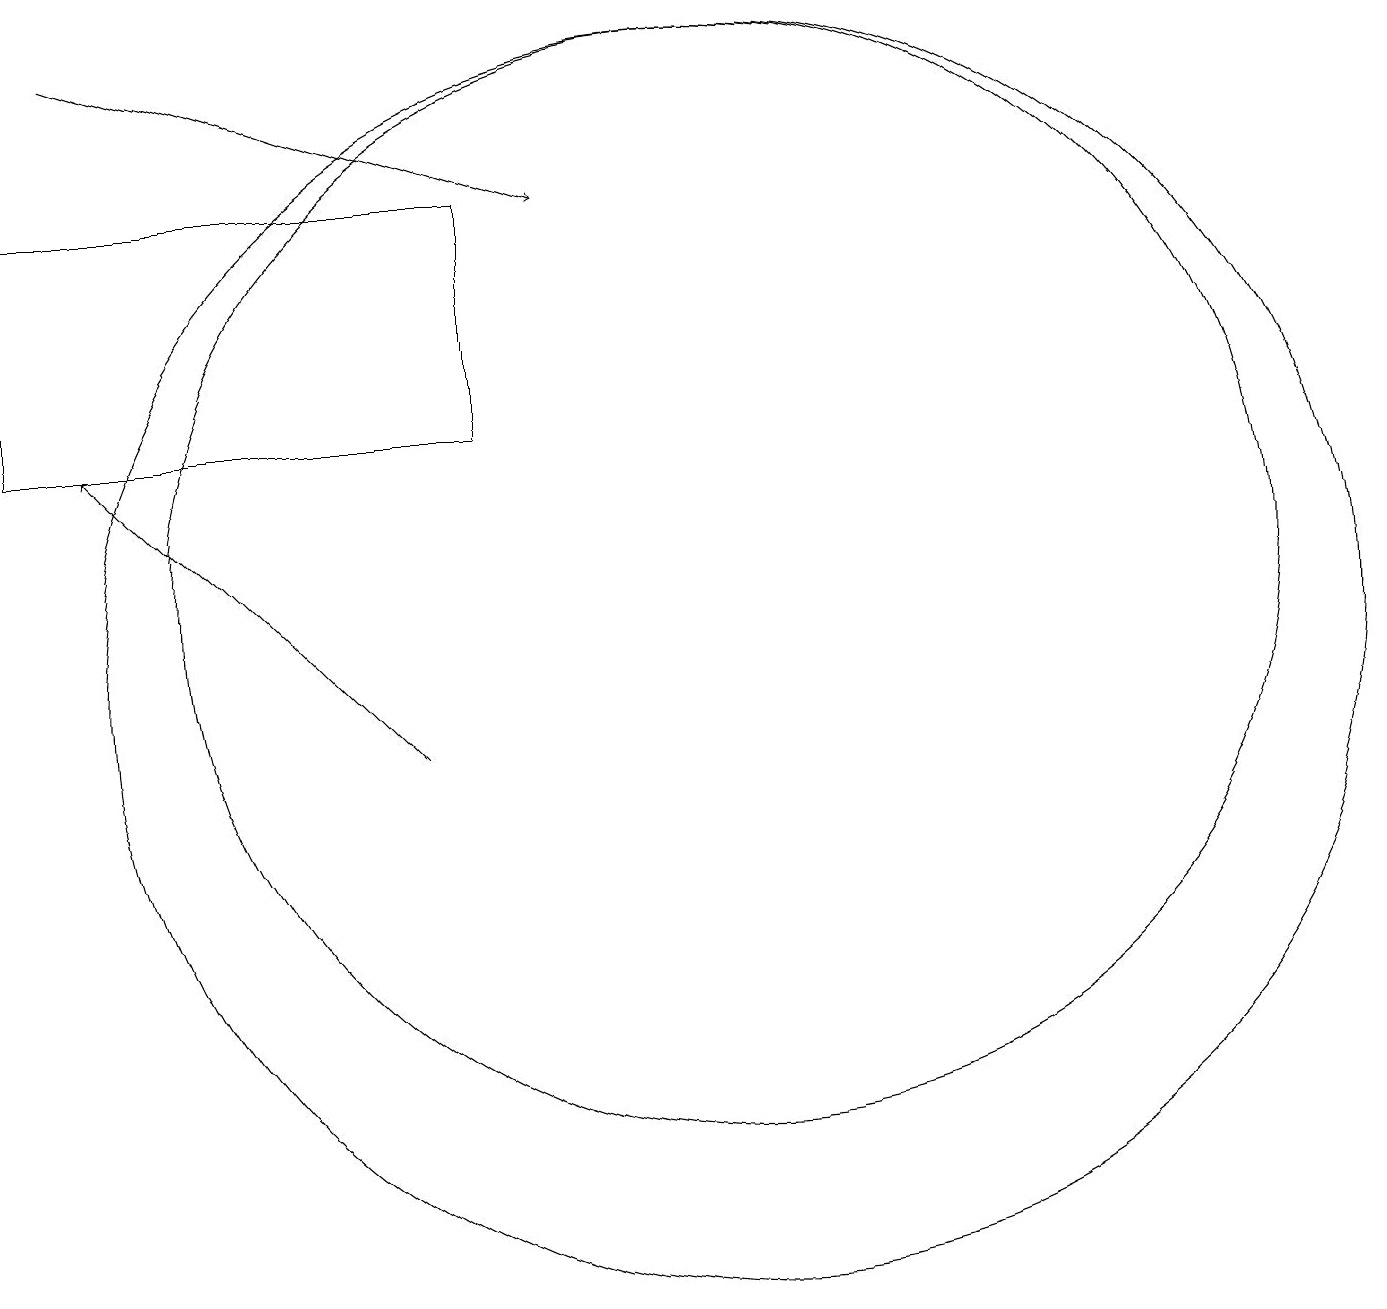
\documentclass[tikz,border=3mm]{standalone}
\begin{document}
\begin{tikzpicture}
\draw[->] (7,10) -- (3,14);
\draw[->] (3,19) -- (9,17);
\draw (11,12) circle (7);
\draw (8,14) rectangle (2,17);
\draw (11,11) circle (8);
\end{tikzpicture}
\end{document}